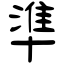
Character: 準